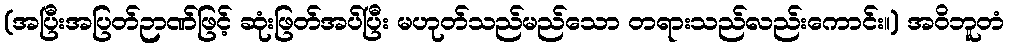
(အပြီးအပြတ်ဉာဏ်ဖြင့် ဆုံးဖြတ်အပ်ပြီး မဟုတ်သည်မည်သော တရားသည်လည်းကောင်း။) အဝိဘူတံ